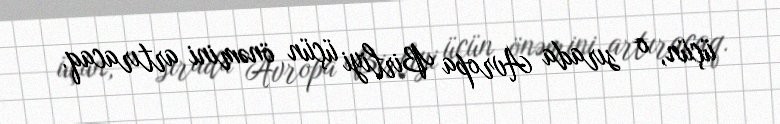
üçün, o sırada Avropa Birliyi üçün önəmini artıracaq.